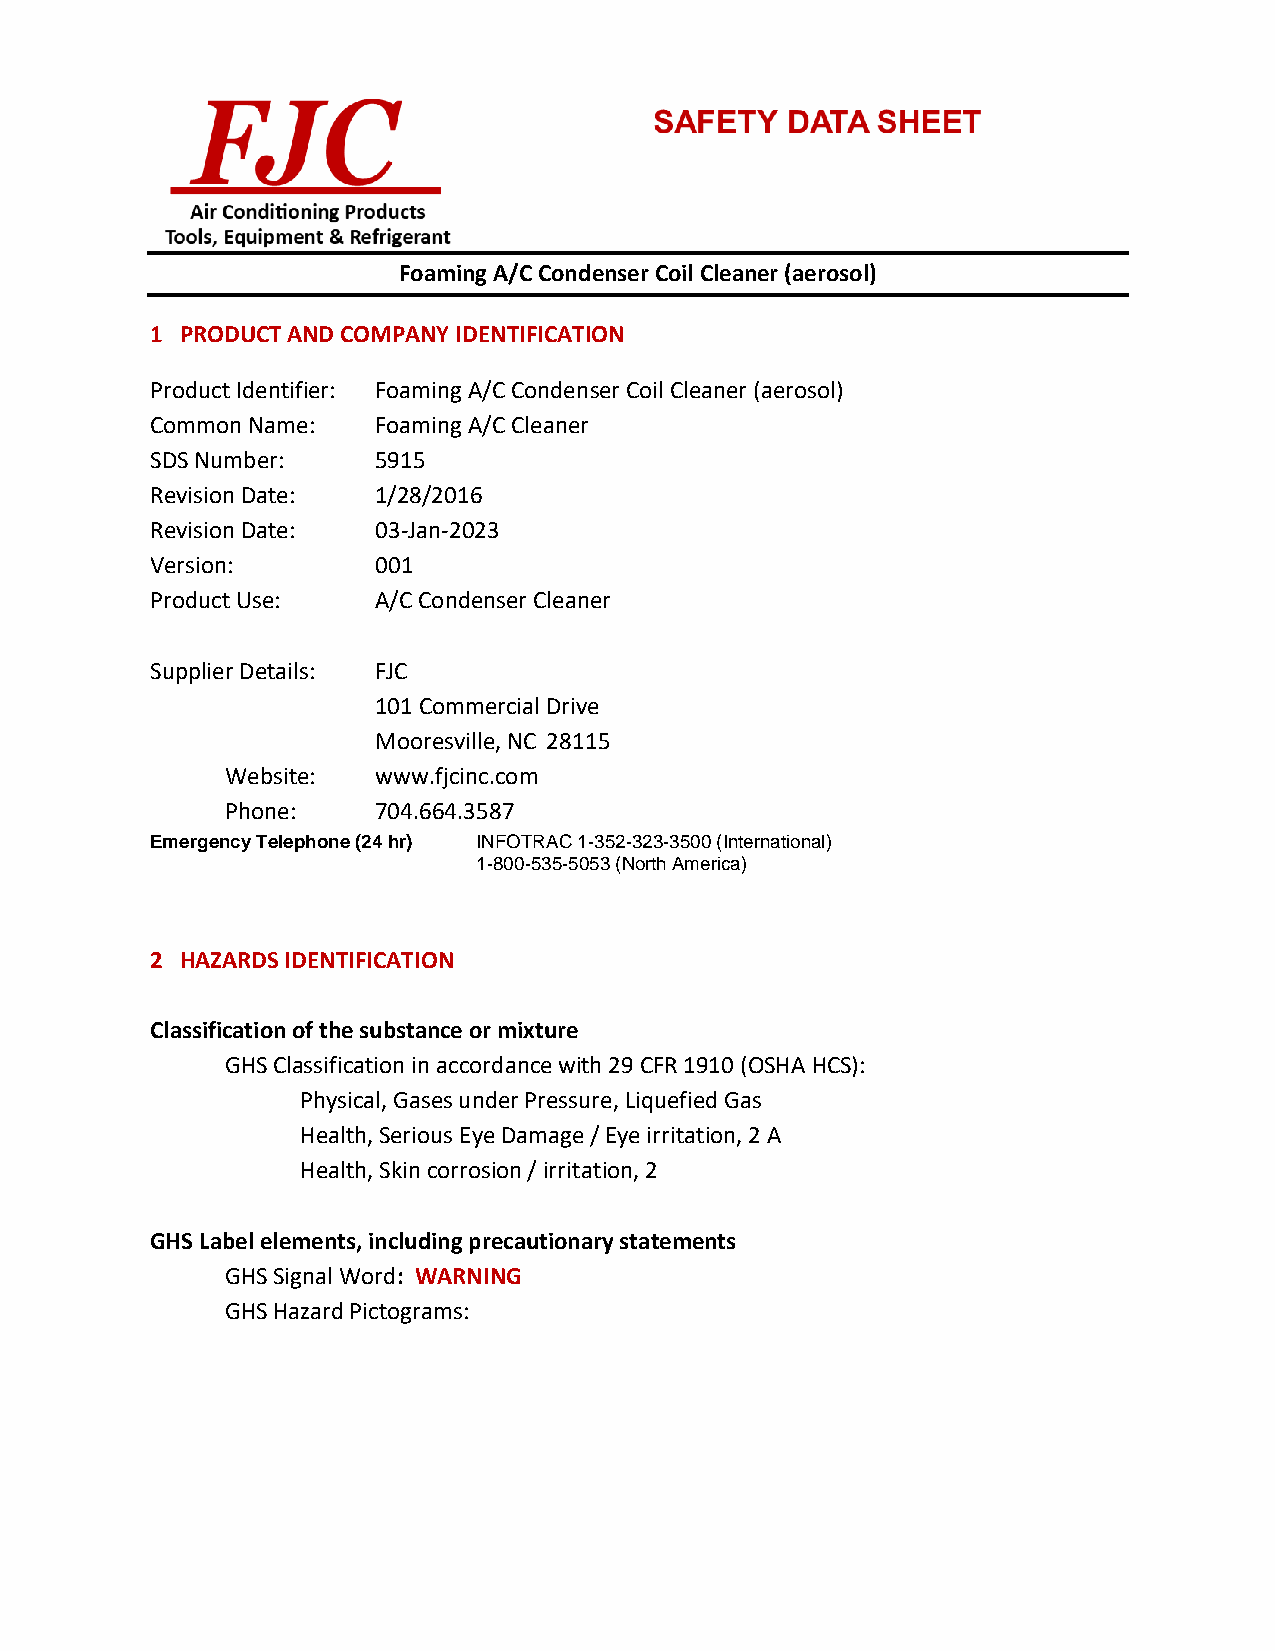
Foaming A/C Condenser Coil Cleaner (aerosol)
 1 PRODUCT AND COMPANY IDENTIFICATION
 Product Identifier: Foaming A/C Condenser Coil Cleaner (aerosol)
 Common Name:   Foaming A/C Cleaner
 SDS Number:    5915
 Revision Date: 1/28/2016
 Revision Date: 03-Jan-2023
 Version:       001
 Product Use:   A/C Condenser Cleaner
 Supplier Details: FJC
 101 Commercial Drive
 Mooresville, NC 28115
 Website:  www.fjcinc.com
 Phone:    704.664.3587
 Emergency Telephone (24 hr) INFOTRAC 1-352-323-3500 (International)
 1-800-535-5053 (North America)
 2 HAZARDS IDENTIFICATION
 Classification of the substance or mixture
 GHS Classification in accordance with 29 CFR 1910 (OSHA HCS):
 Physical, Gases under Pressure, Liquefied Gas
 Health, Serious Eye Damage / Eye irritation, 2 A
 Health, Skin corrosion / irritation, 2
 GHS Label elements, including precautionary statements
 GHS Signal Word: WARNING
 GHS Hazard Pictograms: